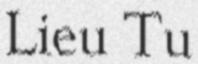
Lieu Tu